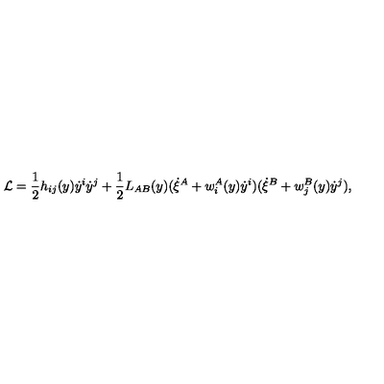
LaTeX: { \cal L } = \frac { 1 } { 2 } h _ { i j } ( y ) \dot { y } ^ { i } \dot { y } ^ { j } + \frac { 1 } { 2 } L _ { A B } ( y ) ( \dot { \xi } ^ { A } + w _ { i } ^ { A } ( y ) \dot { y } ^ { i } ) ( \dot { \xi } ^ { B } + w _ { j } ^ { B } ( y ) \dot { y } ^ { j } ) ,